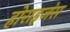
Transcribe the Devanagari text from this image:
होराइजंस